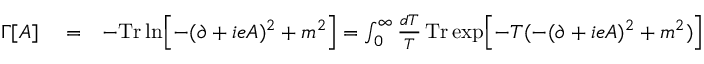
\begin{array} { r l r } { \Gamma [ A ] } & { { } = } & { - \mathrm { \mathrm { T r } \, } \mathrm { l n } \Bigl \lbrack - ( \partial + i e A ) ^ { 2 } + m ^ { 2 } \Bigr \rbrack = \int _ { 0 } ^ { \infty } \frac { d T } { T } \, \mathrm { T r } \, \mathrm { e x p } \Bigl \lbrack - T ( - ( \partial + i e A ) ^ { 2 } + m ^ { 2 } ) \Bigr \rbrack } \end{array}